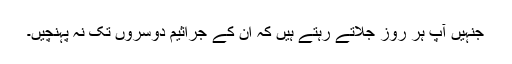
جنہیں آپ ہر روز جلاتے رہتے ہیں کہ ان کے جراثیم دوسروں تک نہ پہنچیں۔